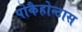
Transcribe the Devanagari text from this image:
पोकैहोन्टास